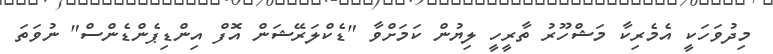
މިދުވަހަކީ އެމެރިކާ މަޝްހޫރު ތާރީހީ ލިޔުން ކަމަށްވާ "ޑެކްލަރޭޝަން އޮފް އިންޑިޕެންޑެންސް" ނުވަތަ